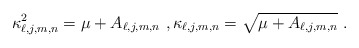
\begin{align*}\kappa _{\ell,j,m,n}^{2}=\mu +A_{\ell,j,m,n} \ , \kappa _{\ell,j,m,n}=\sqrt{\mu +A_{\ell,j,m,n} } \ .\end{align*}